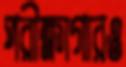
পরীক্ষাগারও